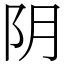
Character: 阴